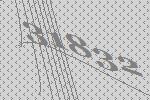
31832